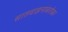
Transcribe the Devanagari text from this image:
सातवाहनांबरोबर